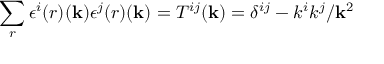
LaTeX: \sum _ { r } \epsilon ^ { i } { ( r ) } ( { \bf k } ) \epsilon ^ { j } { ( r ) } ( { \bf k } ) = T ^ { i j } ( { \bf k } ) = \delta ^ { i j } - k ^ { i } k ^ { j } / { \bf k } ^ { 2 }